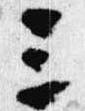
三